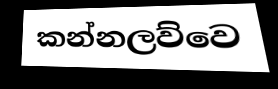
කන්නලව්වෙ